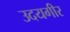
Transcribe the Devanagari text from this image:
उदयगीर